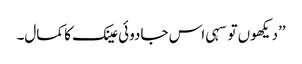
’’دیکھوں تو سہی اس جادوئی عینک کا کمال۔